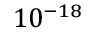
1 0 ^ { - 1 8 }